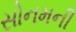
સોનમની